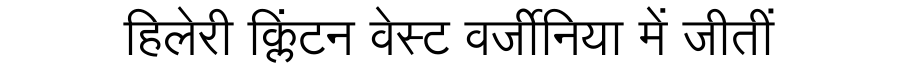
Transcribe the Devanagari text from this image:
हिलेरी क्लिंटन वेस्ट वर्जीनिया में जीतीं